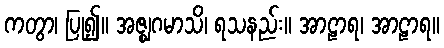
ကတွာ၊ ပြု၍။ အဇ္ဈဂမာသိ၊ ရသနည်း။ အာဠာရ၊ အာဠာရ။